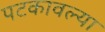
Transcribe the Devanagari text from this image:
पटकावल्या